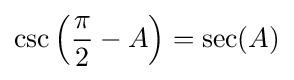
\csc \left({\frac {\pi }{2}}-A\right)=\sec(A)